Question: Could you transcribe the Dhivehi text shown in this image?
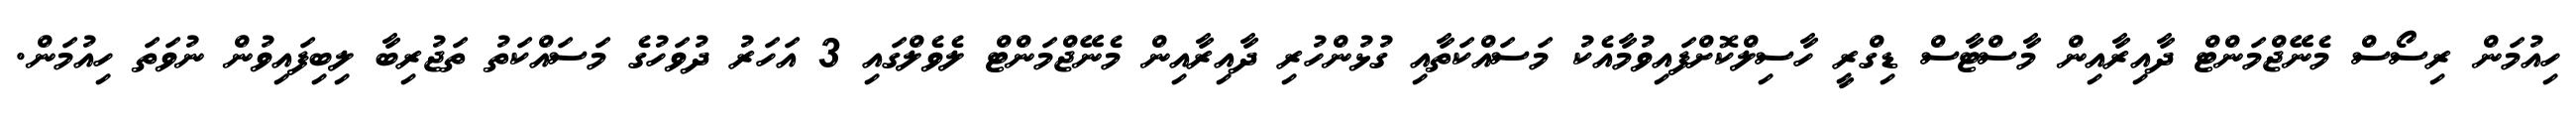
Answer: ހިއުމަން ރިސޯސް މެނޭޖްމަންޓް ދާއިރާއިން މާސްޓާސް ޑިގްރީ ހާސިލްކޮށްފައިވުމާއެކު މަސައްކަތާއި ގުޅުންހުރި ދާއިރާއިން މެނޭޖްމަންޓް ލެވެލްގައި 3 އަހަރު ދުވަހުގެ މަސައްކަތު ތަޖުރިބާ ލިބިފައިވުން ނުވަތަ ހިއުމަން.